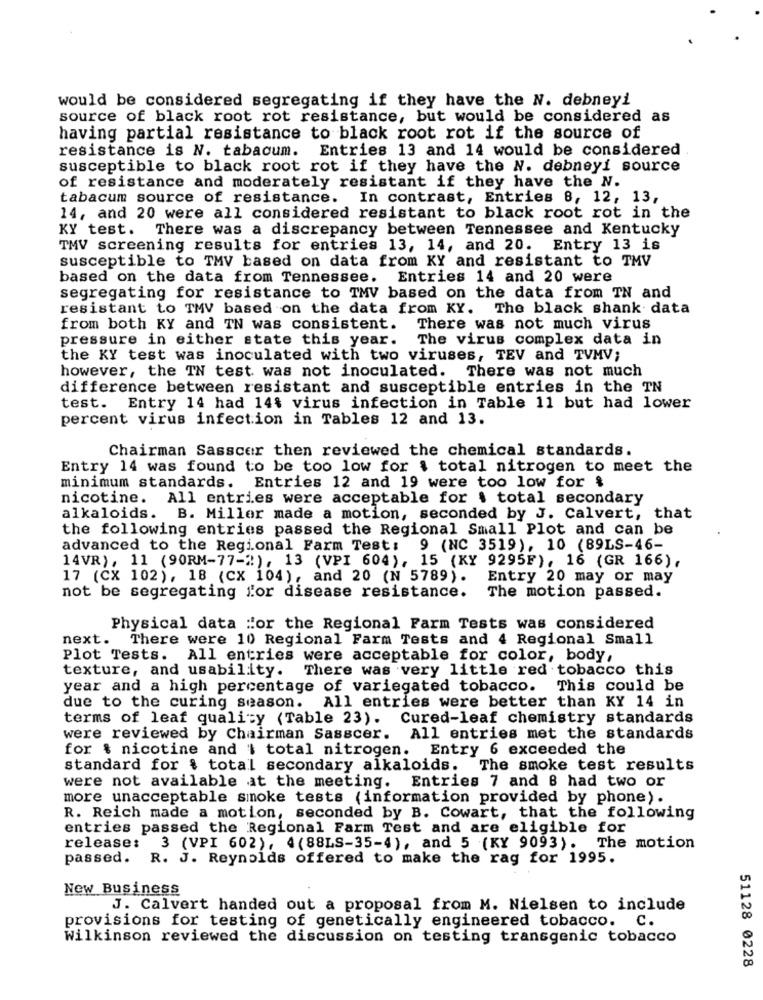
would be considered segregating if they have the N. debneyi
source of black root rot resistance, but would be considered as
having partial resistance to black root rot if the source of
resistance is N. tabacum. Entries 13 and 14 would be considered
susceptible to black root rot if they have the N. debneyi source
of resistance and moderately resistant if they have the N.
tabacum source of resistance. In contrast, Entries 8, 12, 13,
14, and 20 were all considered resistant to black root rot in the
KY test. There was a discrepancy between Tennessee and Kentucky
TMV screening results for entries 13, 14, and 20. Entry 13 is
susceptible to TMV based on data from KY and resistant to TMV
based on the data from Tennessee. Entries 14 and 20 were
segregating for resistance to TMV based on the data from TN and
resistant to TMV based on the data from KY. The black shank data
from both KY and TN was consistent. There was not much virus
pressure in either state this year. The virus complex data in
the KY test was inoculated with two viruses, TEV and TVMV;
however, the TN test was not inoculated. There was not much
difference between resistant and susceptible entries in the TN
test. Entry 14 had 14% virus infection in Table 11 but had lower
percent virus infection in Tables 12 and 13.
Chairman Sasscer then reviewed the chemical standards.
Entry 14 was found to be too low for $ total nitrogen to meet the
minimum standards. Entries 12 and 19 were too low for &
nicotine. All entries were acceptable for $ total secondary
alkaloids.
B. Miller made a motion, seconded by J. Calvert, that
the following entries passed the Regional Small Plot and can be
advanced to the Regional Farm Test: 9 (NC 3519), 10 (89LS-46-
14VR), 11 (90RM-77-"), 13 (VPI 604), 15 (KY 9295F), 16 (GR 166),
17 (CX 102), 18 (CX 104), and 20 (N 5789).
Entry 20 may or may
not be segregating for disease resistance.
The motion passed.
Physical data :or the Regional Farm Tests was considered
next.
There were 10 Regional Farm Tests and 4 Regional Small
Plot Tests. All entries were acceptable for color, body,
texture, and usability. There was very little red tobacco this
year and a high percentage of variegated tobacco. This could be
due to the curing season. All entries were better than KY 14 in
terms of leaf quality (Table 23). Cured-leaf chemistry standards
were reviewed by Chairman Sasscer. All entries met the standards
for $ nicotine and | total nitrogen. Entry 6 exceeded the
standard for & total secondary alkaloids.
The smoke test results
were not available at the meeting. Entries 7 and 8 had two or
more unacceptable smoke tests (information provided by phone).
R. Reich made a motion, seconded by B. Cowart, that the following
entries passed the Regional Farm Test and are eligible for
release: 3 (VPI 602), 4(88LS-35-4), and 5 (KY 9093). The motion
passed. R. J. Reynolds offered to make the rag for 1995.
New Business
J. Calvert handed out a proposal from M. Nielsen to include
provisions for testing of genetically engineered tobacco. C.
Wilkinson reviewed the discussion on testing transgenic tobacco
51128 0228